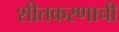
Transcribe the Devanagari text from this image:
शीतकरणाची